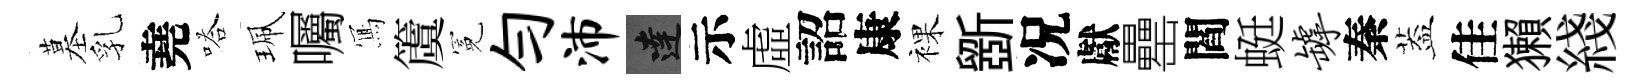
墓乳堯嗒珮囑𭂁𥵂冕勻沛達示虛詔康裸斵况獻罍閻蜓罅秦葢佳獺綫